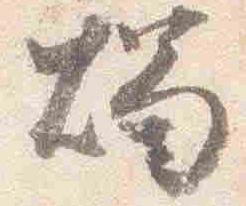
燭